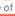
of